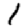
Digit: 1